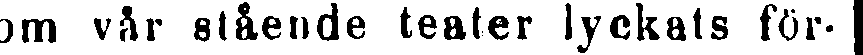
som vår stående teater lyckats för-